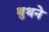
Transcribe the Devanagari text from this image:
थुथने